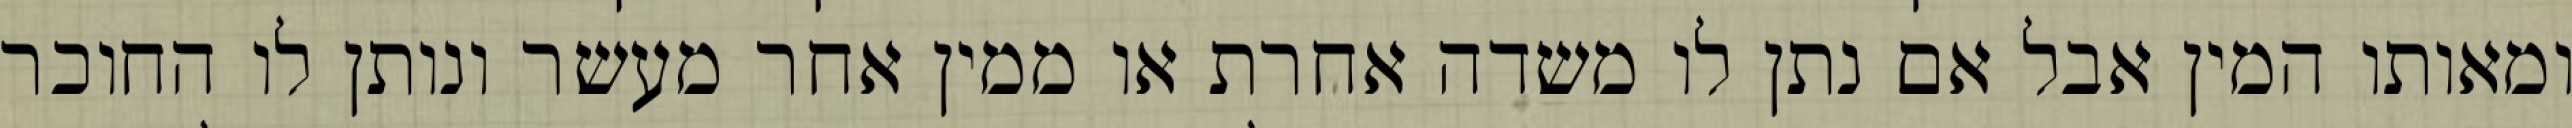
ומאותו המין אבל אם נתן לו משדה אחרת או ממין אחר מעשר ונותן לו החוכר